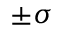
\pm \sigma